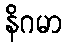
နိဂမာ